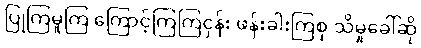
ပြုကြမူကြ ကြောင့်ကြကြငှန်း ဖန်းခါးကြစု သိမှုခေါ်ဆို